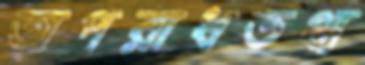
অপরাধতথ্য